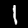
Label: 1